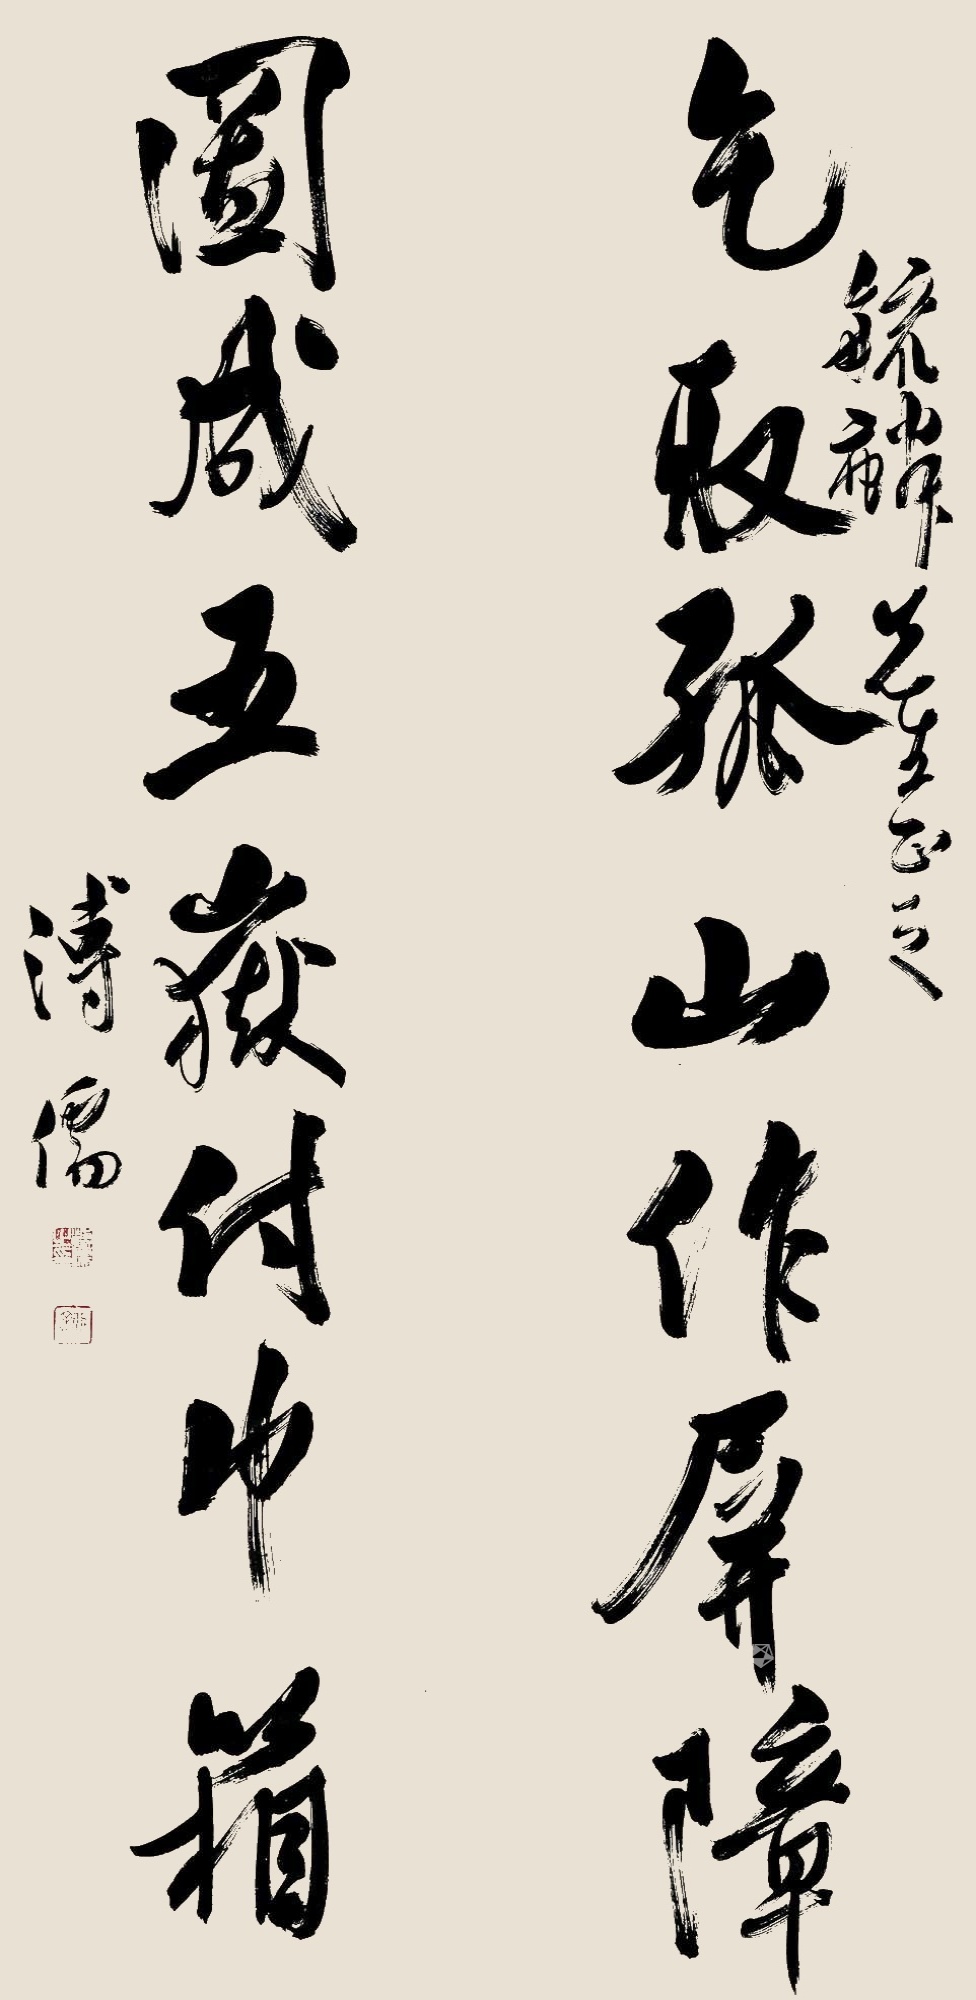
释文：乞取孤山作屏障，图成五岳付巾箱。毓麟先生正之。溥儒。